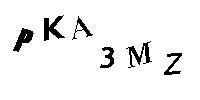
PKA3MZ